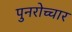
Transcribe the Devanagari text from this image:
पुनरोच्चार